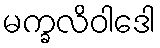
မက္ခလိဝါဒေါ